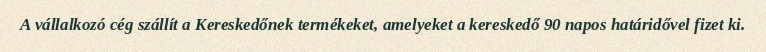
A vállalkozó cég szállít a Kereskedőnek termékeket, amelyeket a kereskedő 90 napos határidővel fizet ki.